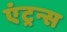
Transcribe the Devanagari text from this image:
एंट्रन्स